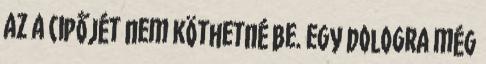
az a cipőjét nem köthetné be. egy dologra még